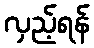
လှည့်ရန်